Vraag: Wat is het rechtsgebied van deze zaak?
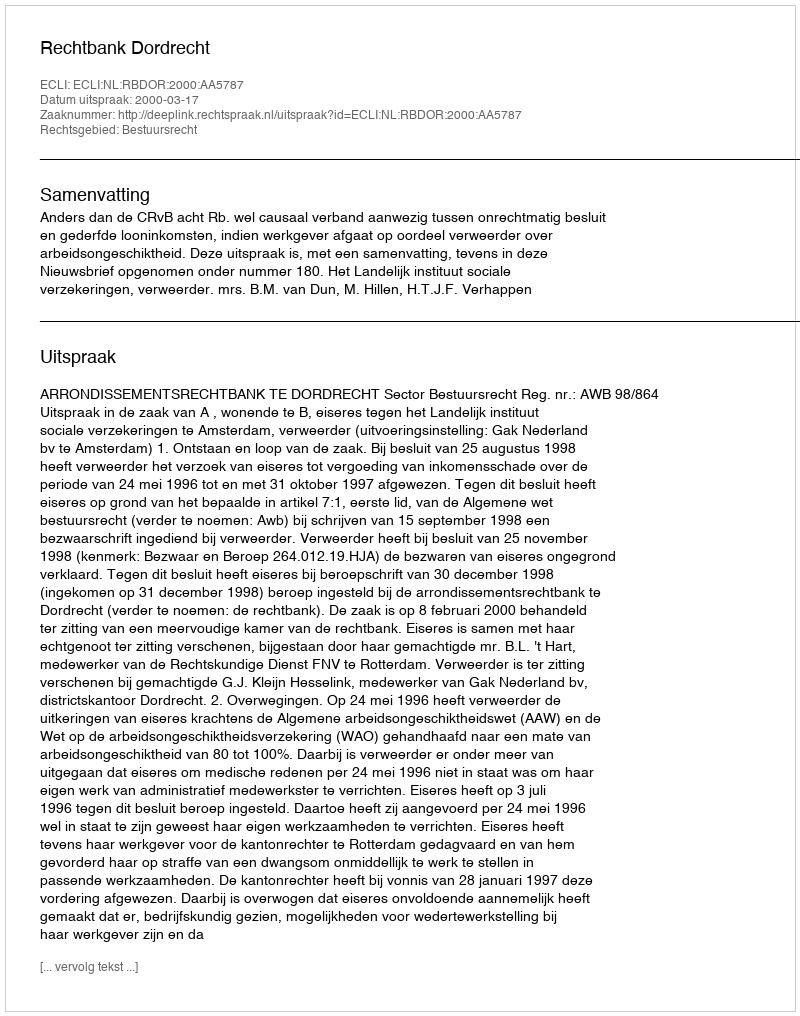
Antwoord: Bestuursrecht